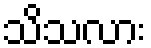
သိသလား